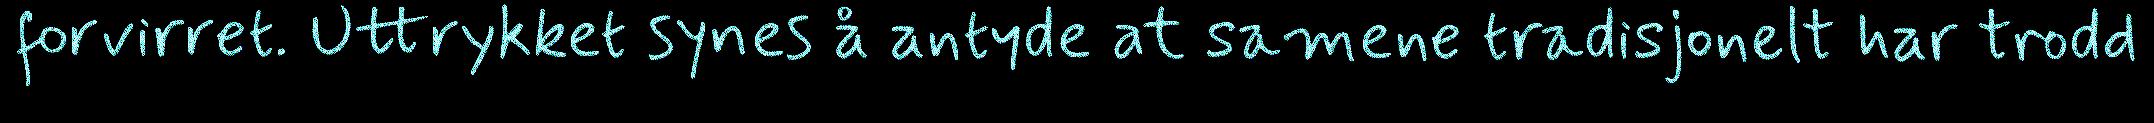
forvirret. Uttrykket synes å antyde at samene tradisjonelt har trodd